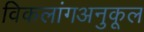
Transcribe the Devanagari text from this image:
विकलांगअनुकूल